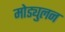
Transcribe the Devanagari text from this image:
मोड्युलन